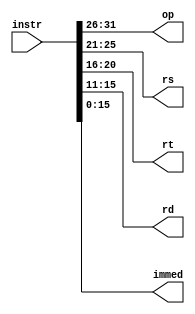
module decode(instr, op, rs, rt, rd, immed);

input [31:0] instr;
output wire [5:0] op;
output wire [4:0] rs, rt, rd;
output wire [15:0] immed;

assign op = instr[31:26];
assign rs = instr[25:21];
assign rt = instr[20:16];
assign rd = instr[15:11];
assign immed = instr[15:0];

endmodule